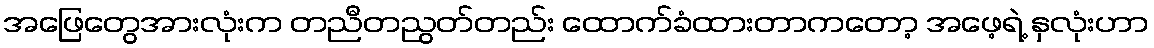
အဖြေတွေအားလုံးက တညီတညွတ်တည်း ထောက်ခံထားတာကတော့ အဖေ့ရဲ့ နှလုံးဟာ